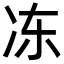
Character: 冻